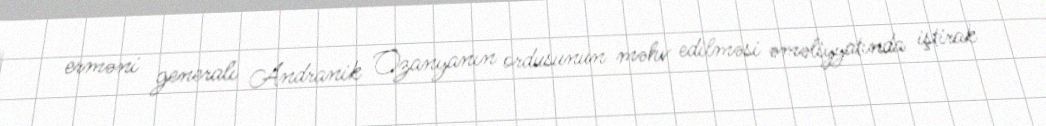
erməni generalı Andranik Ozanyanın ordusunun məhv edilməsi əməliyyatında iştirak